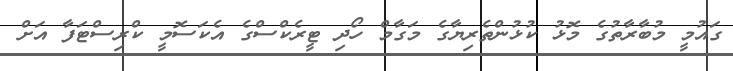
ގައުމީ މުބާރާތުގެ މޮޅު ކުޅުންތެރިޔާގެ މަގާމް ހޯދި ޓީރެކްސްގެ އެކަސޮމީ ކްރިސްޓަފާ އަށް